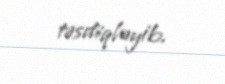
təsdiqləyib.